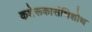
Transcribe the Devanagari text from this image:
कशेरूकासंधिशोथ